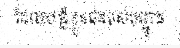
ដែលបន្លំខ្លួនជារបស់បញ្ជូន